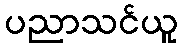
ပညာသင်ယူ